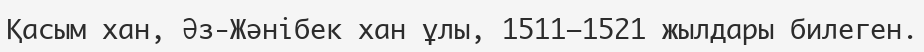
Қасым хан, Әз-Жәнібек хан ұлы, 1511—1521 жылдары билеген.